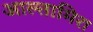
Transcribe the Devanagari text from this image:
आल्तामिरा